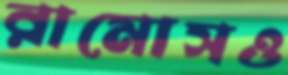
রামোসও